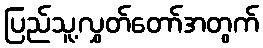
ပြည်သူ့လွှတ်တော်အတွက်